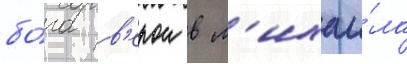
бо́га в'ерои в м'ихаи́ла